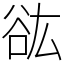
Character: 谹